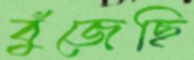
বুঁজেছি